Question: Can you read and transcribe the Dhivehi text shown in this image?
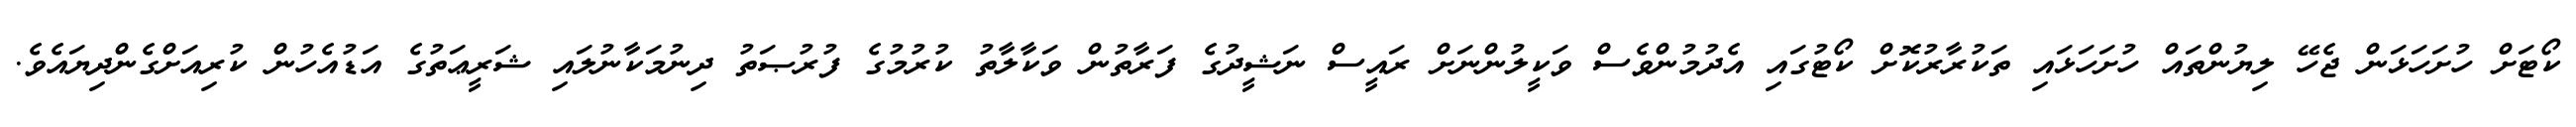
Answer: ކޯޓަށް ހުށަހަޅަން ޖެހޭ ލިޔުންތައް ހުށަހަޅައި ތަކުރާރުކޮށް ކޯޓުގައި އެދުމުންވެސް ވަކީލުންނަށް ރައީސް ނަޝީދުގެ ފަރާތުން ވަކާލާތު ކުރުމުގެ ފުރުޞަތު ދިނުމަކާނުލައި ޝަރީޢަތުގެ އަޑުއެހުން ކުރިއަށްގެންދިޔައެވެ.